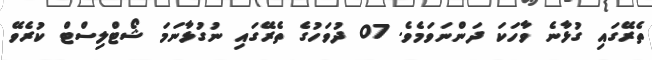
ތެރޭގައި ގުޅާނެ ވާހަކަ ދަންނަވަމެވެ. 07 ދުވަހުގެ ތެރޭގައި ނުގުޅާނަމަ ޝޯޓްލިސްޓް ކުރެވޭ